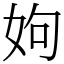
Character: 姁